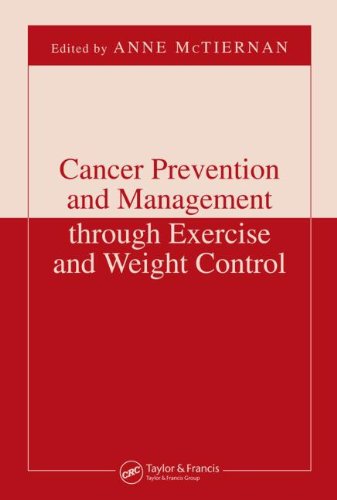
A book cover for Cancer Prevention and Management through Exercise and Weight Control (Nutrition and Disease Prevention); Health, Fitness & Dieting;